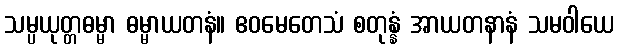
သမ္ပယုတ္တဓမ္မာ ဓမ္မာယတနံ။ ဧဝမေတေသံ စတုန္နံ အာယတနာနံ သမဝါယေ